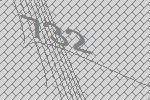
732